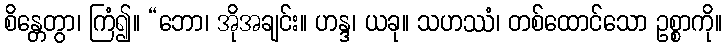
စိန္တေတွာ၊ ကြံ၍။ “ဘော၊ အိုအချင်း။ ဟန္ဒ၊ ယခု။ သဟဿံ၊ တစ်ထောင်သော ဥစ္စာကို။